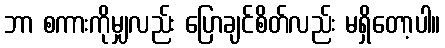
ဘာ စကားကိုမျှလည်း ပြောချင်စိတ်လည်း မရှိတော့ပါ။